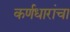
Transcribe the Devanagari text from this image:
कर्णधारांचा